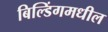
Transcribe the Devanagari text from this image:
बिल्डिंगमधील